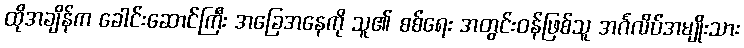
ထိုအချိန်က ခေါင်းဆောင်ကြီး အခြေအနေကို သူ၏ စစ်ရေး အတွင်းဝန်ဖြစ်သူ အင်္ဂလိပ်အမျိုးသား